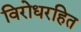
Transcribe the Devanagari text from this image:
विरोधरहित